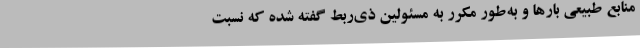
منابع طبیعی بارها و به‌طور مکرر به مسئولین ذی‌ربط گفته شده که نسبت